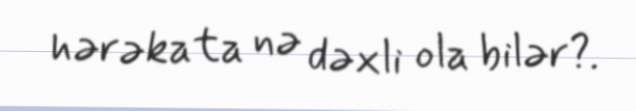
hərəkata nə dəxli ola bilər?.